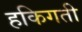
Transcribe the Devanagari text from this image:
हकिगती